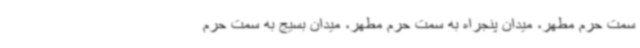
سمت حرم مطهر، میدان پنجراه به سمت حرم مطهر، میدان بسیج به سمت حرم